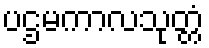
ပဌမကာလသုတ္တံ